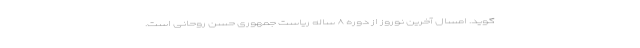
‌گوید. امسال آخرین نوروز از دوره ۸ ساله ریاست جمهوری حسن روحانی است.